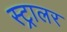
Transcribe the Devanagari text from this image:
स्ट्रालर